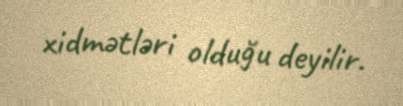
xidmətləri olduğu deyilir.